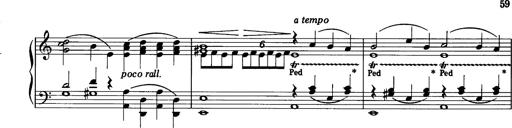
Title: La romanesca
Composer: Franz Liszt